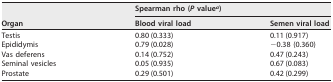
<table><thead><tr><td rowspan="2"><b>Organ</b></td><td colspan="2"><b>Spearman rho (<i>P</i> value<sup><i>a</i></sup>)</b></td></tr><tr><td><b>Blood viral load</b></td><td><b>Semen viral load</b></td></tr></thead><tbody><tr><td>Testis</td><td>0.80 (0.333)</td><td>0.11 (0.917)</td></tr><tr><td>Epididymis</td><td>0.79 (0.028)</td><td>−0.38 (0.360)</td></tr><tr><td>Vas deferens</td><td>0.14 (0.752)</td><td>0.47 (0.243)</td></tr><tr><td>Seminal vesicles</td><td>0.05 (0.935)</td><td>0.67 (0.083)</td></tr><tr><td>Prostate</td><td>0.29 (0.501)</td><td>0.42 (0.299)</td></tr></tbody></table>